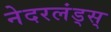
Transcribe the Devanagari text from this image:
नेदरलंड्स्